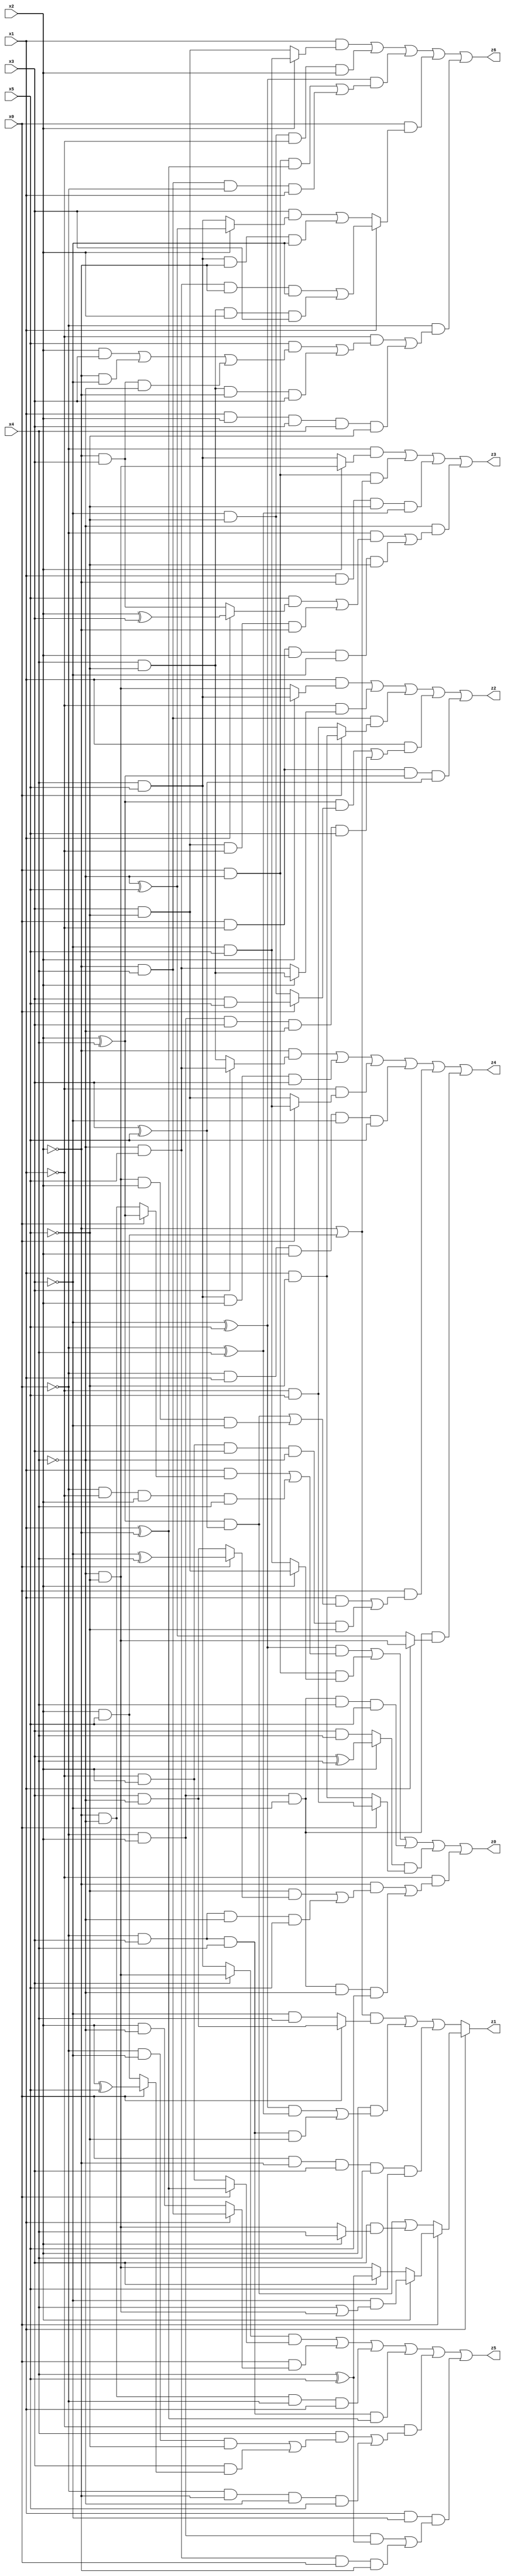
// Benchmark "X_14" written by ABC on Thu Jun 29 21:15:41 2023

module X_14 ( 
    x0, x1, x2, x3, x4, x5,
    z0, z1, z2, z3, z4, z5, z6  );
  input  x0, x1, x2, x3, x4, x5;
  output z0, z1, z2, z3, z4, z5, z6;
  assign z0 = ((~x3 ^ x5) & ((x1 & (x0 ? (x2 ^ x4) : (~x2 & ~x4))) | (~x0 & ~x1 & x2 & x4))) | (x0 & ~x4 & (x2 ? (x3 & ~x5) : (~x3 & x5))) | (~x0 & x2 & ~x3 & x4 & x5) | ((x2 ? (x3 ^ x4) : (x3 & x4)) & (x0 ? (~x1 & x5) : (x1 & ~x5))) | (~x1 & ((~x2 & ((~x5 & (x0 ? (~x3 ^ x4) : (x3 & ~x4))) | (~x0 & x3 & ~x4 & x5))) | (~x0 & x2 & ~x3 & ~x4 & x5)));
  assign z1 = x1 ? (x0 ? (x2 ? (~x3 & (x4 | (~x4 & ~x5))) : (x3 ? (x4 ^ x5) : (~x4 & ~x5))) : (((x2 ^ x4) & (x3 ^ x5)) | (x3 & (x2 ? x4 : (~x4 & ~x5))))) : (((~x2 | (x2 & x5)) & (x0 ? (x3 & ~x4) : (~x3 & x4))) | (x2 & (((~x3 ^ x5) & (~x0 ^ x4)) | (~x0 & x3 & x4 & ~x5))) | (x0 & ~x2 & x3 & x4 & x5));
  assign z2 = (x1 & (x2 ? (x4 & x5) : (~x4 & ~x5))) | (~x1 & (x2 ? (x4 & ~x5) : (~x4 & x5))) | (~x2 & x4 & (x0 ? (x1 & ~x5) : (~x1 & x5))) | (x1 & (((x2 ^ x4) & (x0 ? (x3 & x5) : (~x3 & ~x5))) | (~x0 & x2 & x3 & ~x4 & x5))) | (x0 & ~x1 & (x2 ^ x4) & (x3 ^ x5));
  assign z3 = (~x0 & (x2 ? (~x4 & ~x5) : (x4 & x5))) | (x0 & ~x4 & (~x2 | (x2 & x5))) | (x1 & ~x2 & ~x5 & (~x0 ^ x4)) | (~x4 & ((~x0 & ((x5 & (x1 ? (x2 ^ x3) : (~x2 & x3))) | (x3 & ~x5 & ~x1 & ~x2))) | (x0 & ~x1 & x2 & ~x3 & ~x5)));
  assign z4 = (~x2 & (x3 ? (~x4 & x5) : (x4 & ~x5))) | (x4 & x5 & x2 & x3) | (~x1 & (x0 ? (~x3 & x5) : (x3 & ~x5))) | (~x0 & x1 & x2 & ~x3 & x5) | (x0 & ((x1 & (((x2 ^ x4) & (x3 ^ x5)) | (~x4 & ~x5 & x2 & ~x3))) | (~x1 & x2 & x3 & ~x4 & ~x5))) | (~x0 & x2 & ~x3 & (x1 ? (~x4 & ~x5) : (~x4 ^ x5)));
  assign z5 = ((x3 ? (~x4 & ~x5) : (x4 & x5)) & (x0 ? (x1 ^ ~x2) : (~x1 & x2))) | (x0 & (x1 ? (~x2 & x4) : (x2 & ~x4))) | (~x2 & ~x4 & ~x0 & x1) | (~x0 & x3 & x4 & (x1 ^ ~x2)) | (~x1 & ((x4 & ((~x0 & ~x3 & ~x5) | (x3 & (x0 ? (x2 ^ x5) : (x2 & x5))))) | (~x0 & ~x2 & ~x4 & x5))) | (x1 & ~x3 & ((~x0 & x2 & (x4 ^ x5)) | (~x4 & x5 & x0 & ~x2)));
  assign z6 = (x1 & (x2 ? (~x3 & x5) : (x3 & ~x5))) | (~x3 & ~x5 & ~x1 & x2) | ((~x3 ^ x5) & ((x0 & ~x4 & (x1 ^ ~x2)) | (~x2 & x4 & ~x0 & x1))) | (x0 & (x1 ? ((~x4 & x5 & ~x2 & ~x3) | (x4 & ~x5 & x2 & x3)) : ((x3 & (x2 ? (~x4 ^ x5) : (x4 & x5))) | (x4 & x5 & ~x2 & ~x3)))) | (~x0 & ((~x1 & ((x5 & ((x2 & x3) | (~x2 & ~x3) | (~x2 & x3 & ~x4))) | (x4 & ~x5 & ~x2 & x3))) | (x1 & x2 & x3 & x4 & ~x5)));
endmodule